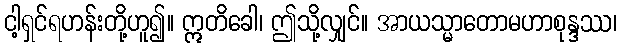
ငါ့ရှင်ရဟန်းတို့ဟူ၍။ ဣတိခေါ၊ ဤသို့လျှင်။ အာယသ္မာတောမဟာစုန္ဒဿ၊